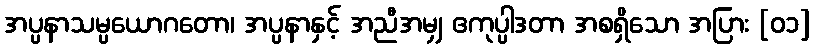
အပ္ပနာသမ္ပယောဂတော၊ အပ္ပနာနှင့် အညီအမျှ ဧကုပ္ပါဒတာ အစရှိသော အပြား [၀၁]